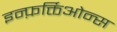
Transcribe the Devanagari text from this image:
इन्फ़र्क्तिओन्स